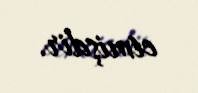
etmişdir.